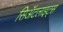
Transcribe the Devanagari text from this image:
सिॲटलाइट्स